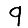
Digit: 9